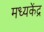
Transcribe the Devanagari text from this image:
मध्यकेंद्र